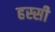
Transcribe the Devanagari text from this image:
हस्सी